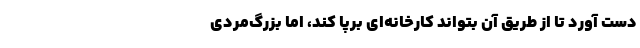
دست آورد تا از طریقِ آن بتواند کارخانه‌ای برپا کند، اما بزرگ‌مردی